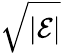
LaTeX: \sqrt{|{\cal E}|}